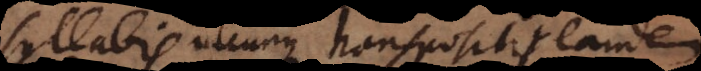
syllabis utcunque transpositis eandem